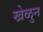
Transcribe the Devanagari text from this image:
खेळुन